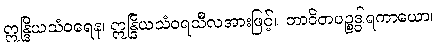
ဣန္ဒြိယသံဝရေန၊ ဣန္ဒြိယသံဝရသီလအားဖြင့်။ ဘာဝိတပဉ္စဒွါရကာယော၊